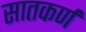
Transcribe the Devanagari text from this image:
सातकर्ण